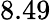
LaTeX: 8.49